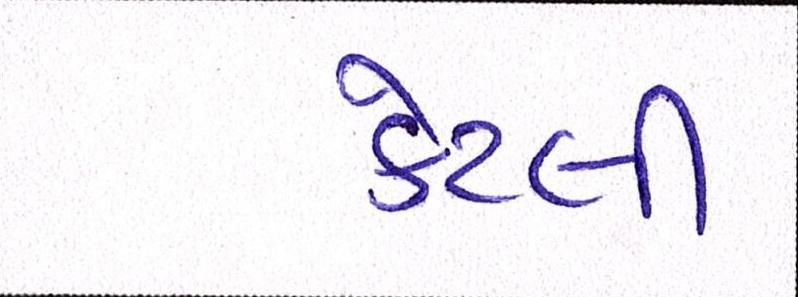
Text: કેટલી